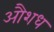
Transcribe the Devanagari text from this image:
औशध